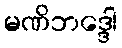
မဏိဘဒ္ဒေါ